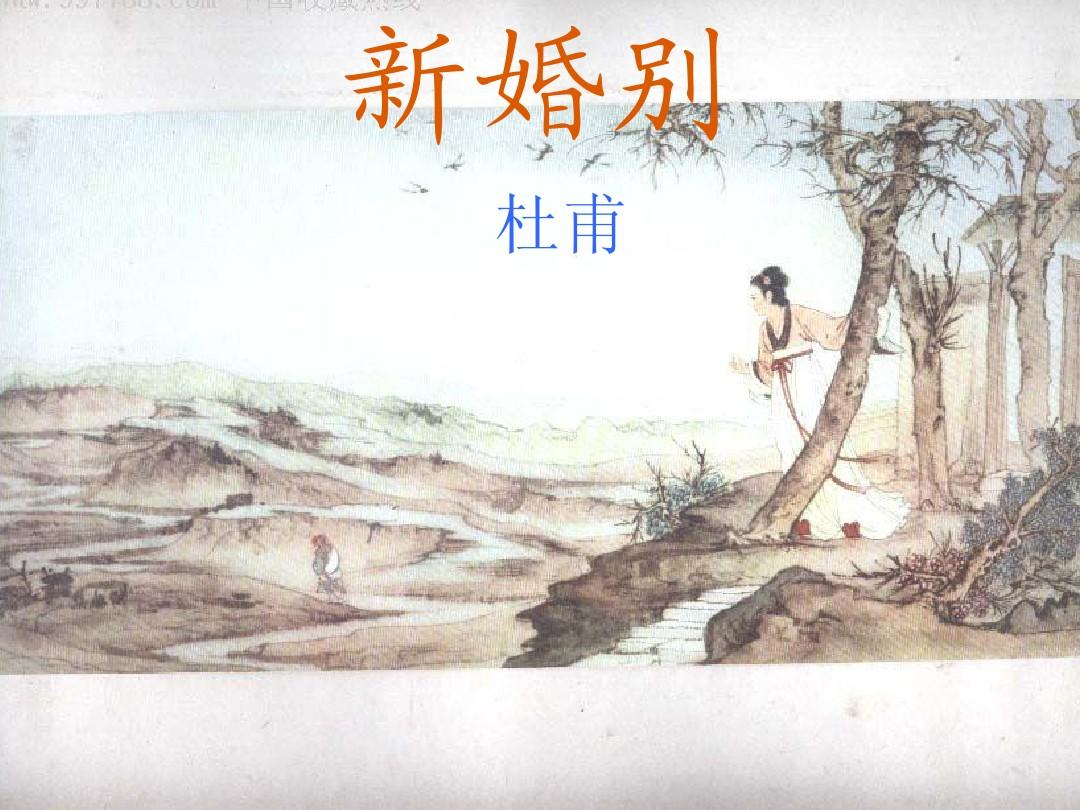
宴尔新婚，以我御穷。